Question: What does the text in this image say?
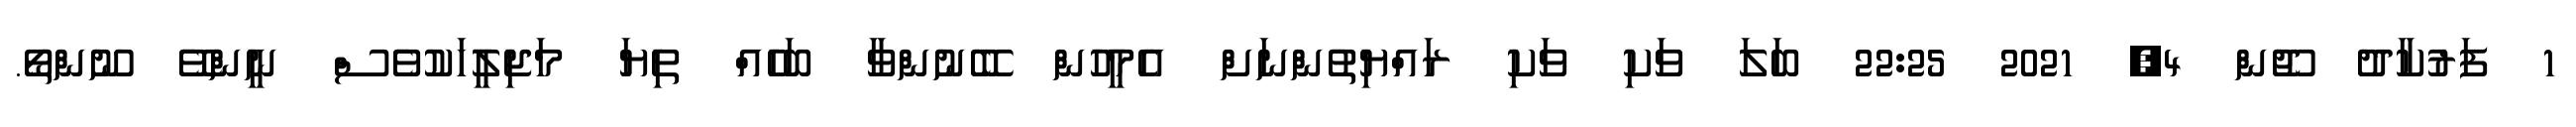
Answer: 1 ފަރުކާދު ޖޫން 4, 2021 22:25 ބަލަ ވަކި ވަކި ރައްޔިތުންނަށް އެމީހުން ބޭނުންވާ ބަހެއް ތިޔަ މަޖިލީހަކުވެސް ނީންވޭ ނޫންތޯ.